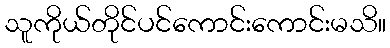
သူကိုယ်တိုင်ပင်ကောင်းကောင်းမသိ။